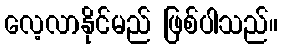
လေ့လာနိုင်မည် ဖြစ်ပါသည်။